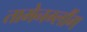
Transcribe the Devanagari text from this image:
तामेनग्लौंग